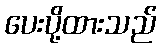
ပေးပို့ထားသည်